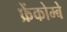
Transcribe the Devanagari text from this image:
फ्रेंकोम्बे